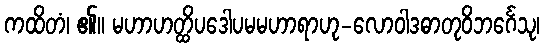
ကထိတံ၊ ၏။ မဟာဟတ္ထိပဒေါပမမဟာရာဟု-လောဝါဒဓာတုဝိဘင်္ဂေသု၊